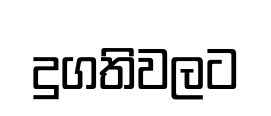
දුගතිවලට